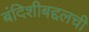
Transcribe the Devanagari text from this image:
बंदिशीबद्दलची